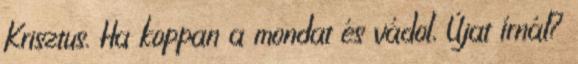
Krisztus. Ha koppan a mondat és vádol, Újat írnál?